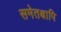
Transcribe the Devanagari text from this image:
समेतश्चापि